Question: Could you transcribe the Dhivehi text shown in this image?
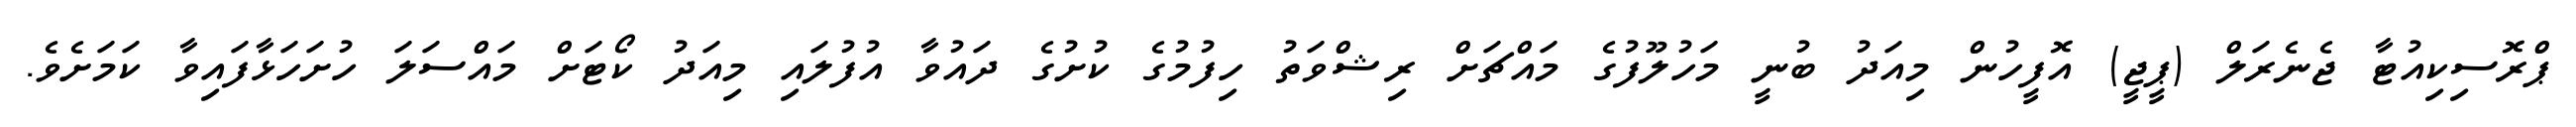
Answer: ޕްރޮސިކިއުޓާ ޖެނެރަލް (ޕީޖީ) އޮފީހުން މިއަދު ބުނީ މަހުލޫފުގެ މައްޗަށް ރިޝްވަތު ހިފުމުގެ ކުށުގެ ދައުވާ އުފުލައި މިއަދު ކޯޓަށް މައްސަލަ ހުށަހަޅާފައިވާ ކަމަށެވެ.